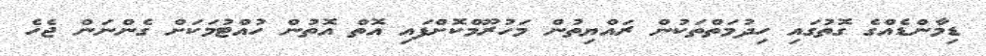
ޑިމާންޑެއްގެ ގޮތުގައި ހިދުމަތްތަކުން ރައްޔިތުން މަހުރޫމްކޮށްފައި އޮތް އޮތުން ހުއްޓުމަކަށް ގެންނަން ޖެހެ